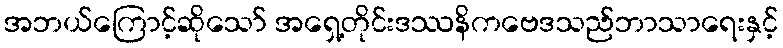
အဘယ်ကြောင့်ဆိုသော် အရှေ့တိုင်းဒဿနိကဗေဒသည်ဘာသာရေးနှင့်